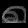
Digit: ၈